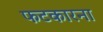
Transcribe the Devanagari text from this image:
फटकारना